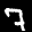
Label: 7